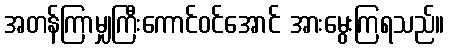
အတန်ကြာမျှကြီးကောင်ဝင်အောင် အားမွေးကြရသည်။